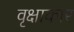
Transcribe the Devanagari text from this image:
वृक्षाकार